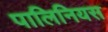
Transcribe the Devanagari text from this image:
पालिनियस